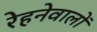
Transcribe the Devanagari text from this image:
रेहनेवालों